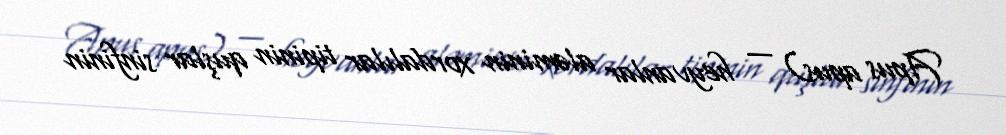
Apus apus) — heyvanlar aləminin xordalılar tipinin quşlar sinfinin